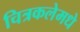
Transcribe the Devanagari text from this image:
चित्रकलेमधे